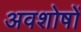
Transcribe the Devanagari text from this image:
अवशोषों